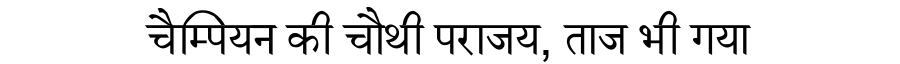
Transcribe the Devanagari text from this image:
चैम्पियन की चौथी पराजय, ताज भी गया